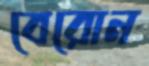
বেরোন